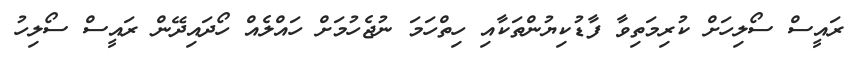
ރައީސް ސޯލިހަށް ކުރިމަތިވާ ފާޑުކިޔުންތަކާއި ހިތްހަމަ ނުޖެހުމަށް ހައްލެއް ހޯދައިދޭން ރައީސް ސޯލިހު